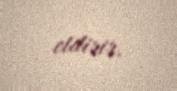
etdirir.